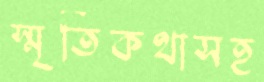
স্মৃতিকথাসহ